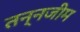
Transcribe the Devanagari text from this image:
तन्नजीम